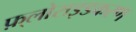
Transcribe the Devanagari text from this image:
फ़्लोराइडकरण